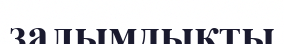
залымдықты